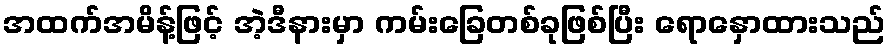
အထက်အမိန့်ဖြင့် အဲ့ဒီနားမှာ ကမ်းခြေတစ်ခုဖြစ်ပြီး ရောနှောထားသည်